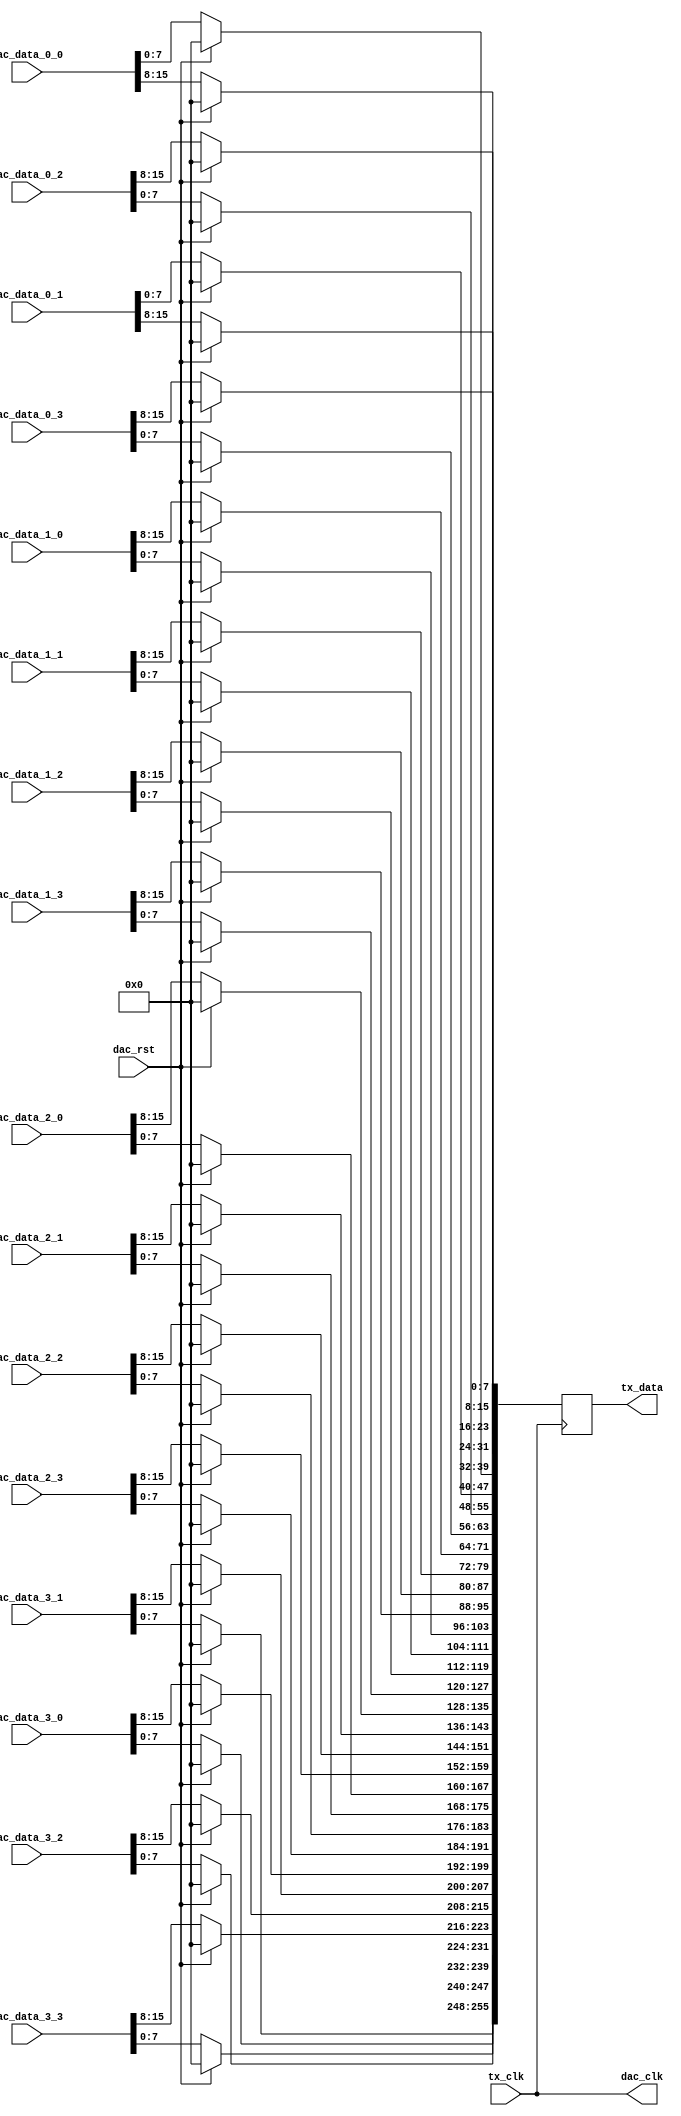
module axi_ad9144_if (

  // jesd interface
  // tx_clk is (line-rate/40)

  tx_clk,
  tx_data,

  // dac interface

  dac_clk,
  dac_rst,
  dac_data_0_0,
  dac_data_0_1,
  dac_data_0_2,
  dac_data_0_3,
  dac_data_1_0,
  dac_data_1_1,
  dac_data_1_2,
  dac_data_1_3,
  dac_data_2_0,
  dac_data_2_1,
  dac_data_2_2,
  dac_data_2_3,
  dac_data_3_0,
  dac_data_3_1,
  dac_data_3_2,
  dac_data_3_3);

  // jesd interface
  // tx_clk is (line-rate/40)

  input           tx_clk;
  output [255:0]  tx_data;

  // dac interface

  output          dac_clk;
  input           dac_rst;
  input   [15:0]  dac_data_0_0;
  input   [15:0]  dac_data_0_1;
  input   [15:0]  dac_data_0_2;
  input   [15:0]  dac_data_0_3;
  input   [15:0]  dac_data_1_0;
  input   [15:0]  dac_data_1_1;
  input   [15:0]  dac_data_1_2;
  input   [15:0]  dac_data_1_3;
  input   [15:0]  dac_data_2_0;
  input   [15:0]  dac_data_2_1;
  input   [15:0]  dac_data_2_2;
  input   [15:0]  dac_data_2_3;
  input   [15:0]  dac_data_3_0;
  input   [15:0]  dac_data_3_1;
  input   [15:0]  dac_data_3_2;
  input   [15:0]  dac_data_3_3;

  // internal registers

  reg    [255:0]  tx_data = 'd0;

  // reorder data for the jesd links

  assign dac_clk = tx_clk;

  always @(posedge dac_clk) begin
    if (dac_rst == 1'b1) begin
      tx_data <= 256'd0;
    end else begin
      tx_data[255:248] <= dac_data_3_3[ 7: 0];
      tx_data[247:240] <= dac_data_3_2[ 7: 0];
      tx_data[239:232] <= dac_data_3_1[ 7: 0];
      tx_data[231:224] <= dac_data_3_0[ 7: 0];
      tx_data[223:216] <= dac_data_3_3[15: 8];
      tx_data[215:208] <= dac_data_3_2[15: 8];
      tx_data[207:200] <= dac_data_3_1[15: 8];
      tx_data[199:192] <= dac_data_3_0[15: 8];
      tx_data[191:184] <= dac_data_2_3[ 7: 0];
      tx_data[183:176] <= dac_data_2_2[ 7: 0];
      tx_data[175:168] <= dac_data_2_1[ 7: 0];
      tx_data[167:160] <= dac_data_2_0[ 7: 0];
      tx_data[159:152] <= dac_data_2_3[15: 8];
      tx_data[151:144] <= dac_data_2_2[15: 8];
      tx_data[143:136] <= dac_data_2_1[15: 8];
      tx_data[135:128] <= dac_data_2_0[15: 8];
      tx_data[127:120] <= dac_data_1_3[ 7: 0];
      tx_data[119:112] <= dac_data_1_2[ 7: 0];
      tx_data[111:104] <= dac_data_1_1[ 7: 0];
      tx_data[103: 96] <= dac_data_1_0[ 7: 0];
      tx_data[ 95: 88] <= dac_data_1_3[15: 8];
      tx_data[ 87: 80] <= dac_data_1_2[15: 8];
      tx_data[ 79: 72] <= dac_data_1_1[15: 8];
      tx_data[ 71: 64] <= dac_data_1_0[15: 8];
      tx_data[ 63: 56] <= dac_data_0_3[ 7: 0];
      tx_data[ 55: 48] <= dac_data_0_2[ 7: 0];
      tx_data[ 47: 40] <= dac_data_0_1[ 7: 0];
      tx_data[ 39: 32] <= dac_data_0_0[ 7: 0];
      tx_data[ 31: 24] <= dac_data_0_3[15: 8];
      tx_data[ 23: 16] <= dac_data_0_2[15: 8];
      tx_data[ 15:  8] <= dac_data_0_1[15: 8];
      tx_data[  7:  0] <= dac_data_0_0[15: 8];
    end
  end

endmodule